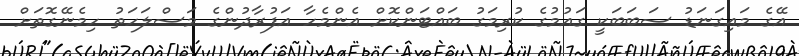
އޭގެ މައިގަނަޑު ސަބަބަކީ ގައުމުގެ ކުރިމަގު ބައްޓަންކޮށް އެންމެހާ އަފުރާދުންގެ މަސްލަހަތު ހިމެނޭގޮތަށް